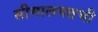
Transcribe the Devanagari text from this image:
सीमालगतची